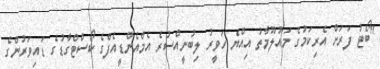
"ބޯޓު ފަރަށް އެރިކަމުގެ މައުލޫމާތު އިއްޔެ ހަވީރު ލިބުނީއްސުރެ އެމްއެންޑީއެފްގެ ކޯސްޓްގާޑުގެ ޑައިވަރުންގެ